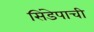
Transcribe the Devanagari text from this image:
सिंडेपाची